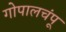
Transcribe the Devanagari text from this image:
गोपालचंपू